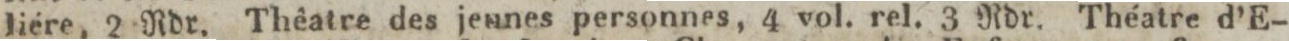
liére, 2 Rdr. Thêatre des jennes personnes, 4 vol. rel. 3 Rdr. Théatre d’E-